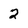
Character: 2